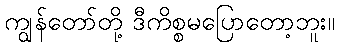
ကျွန်တော်တို့ ဒီကိစ္စမပြောတော့ဘူး။